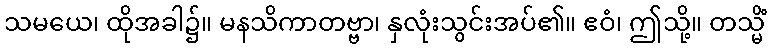
သမယေ၊ ထိုအခါ၌။ မနသိကာတဗ္ဗာ၊ နှလုံးသွင်းအပ်၏။ ဧဝံ၊ ဤသို့။ တသ္မိံ